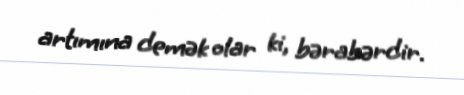
artımına demək olar ki, bərabərdir.